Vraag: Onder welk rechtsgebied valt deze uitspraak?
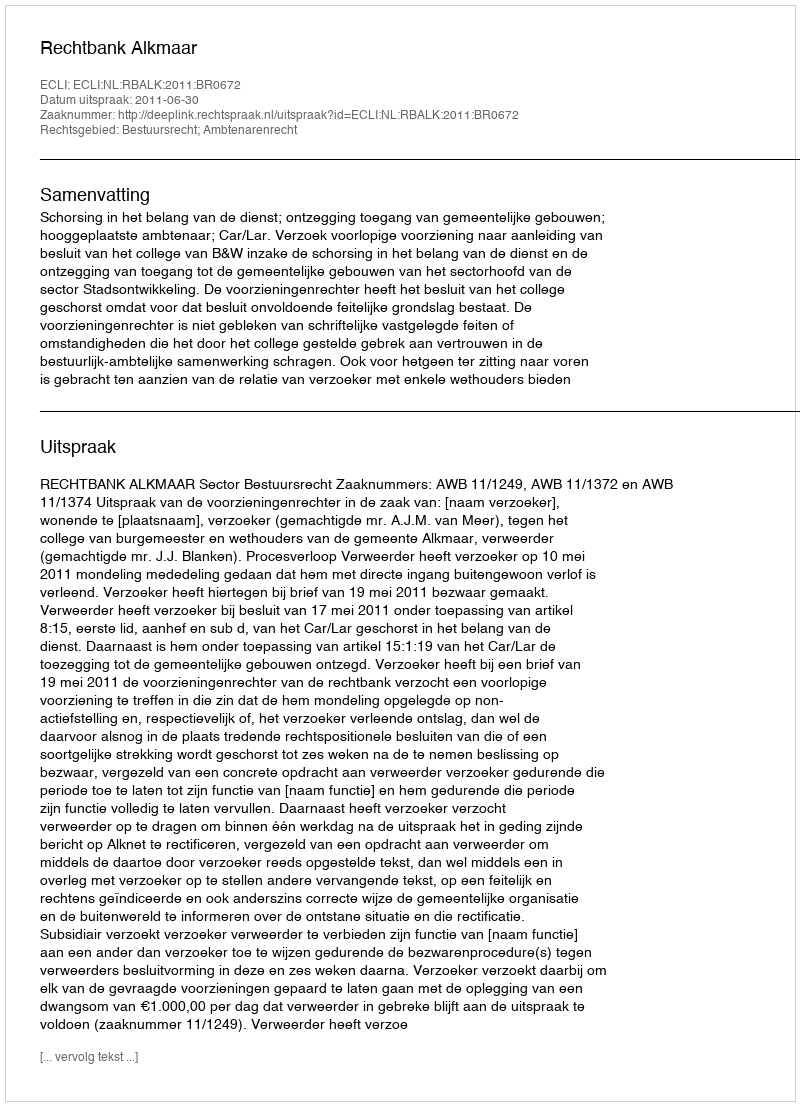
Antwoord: Bestuursrecht; Ambtenarenrecht